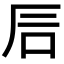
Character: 𥐘